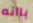
باأنه